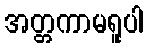
အတ္တကာမရူပါ